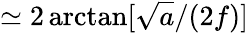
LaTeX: \simeq 2\arctan[\sqrt{a}/(2f)]